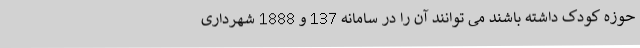
حوزه کودک داشته باشند می توانند آن را در سامانه 137 و 1888 شهرداری